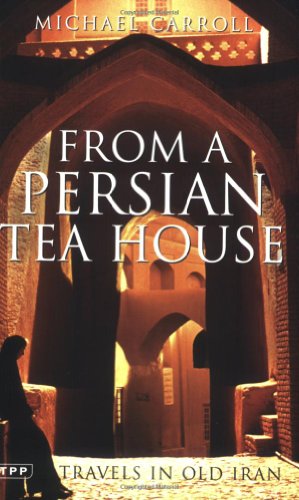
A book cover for From a Persian Tea House: Travels in Old Iran; Michael Carroll; Travel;